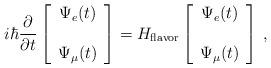
LaTeX: \begin{align*}i\hbar \frac{\partial}{\partial t}\left[\begin{array}{cc} \Psi_e(t) \\ \\ \Psi_\mu(t) \end{array}\right] =H_{\rm flavor}\left[\begin{array}{cc} \Psi_e(t) \\ \\ \Psi_\mu(t) \end{array}\right]\,,\end{align*}